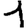
Digit: 1